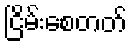
ငြိမ်းစေတတ်